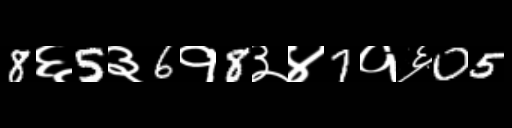
Text: 8६5३6१8३४7१६05